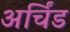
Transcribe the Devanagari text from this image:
अर्चिंड